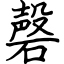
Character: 磬